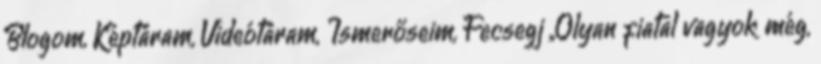
Blogom, Képtáram, Videótáram, Ismerőseim, Fecsegj ,,Olyan fiatal vagyok még,